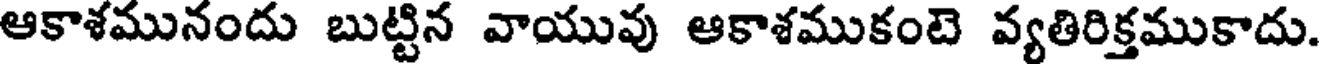
ఆకాళమునందు బుట్టిన వాయువు ఆకాశముకంటె వ్యతిరిక్తముకాదు.